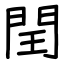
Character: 閏